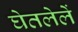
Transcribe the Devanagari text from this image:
घेतलेलें